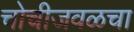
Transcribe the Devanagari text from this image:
चोचीजवळचा